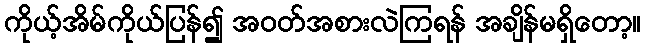
ကိုယ့်အိမ်ကိုယ်ပြန်၍ အဝတ်အစားလဲကြရန် အချိန်မရှိတော့။